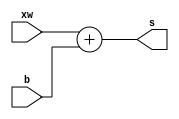
`timescale 1ns / 1ps


module adder(s,xw,b

    );
    output[4:0] s;
    input [3:0] xw,b ;
    
    assign s =$signed(xw)+$signed(b);
    
    
endmodule